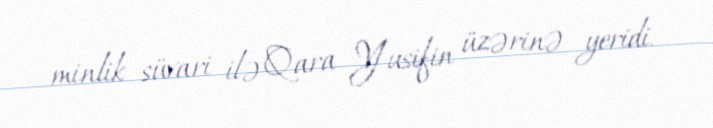
minlik süvari ilə Qara Yusifin üzərinə yeridi.